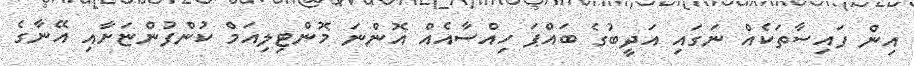
އިން ފައިސާތަކެއް ނަގައި އަދީބުގެ ބައްޕަ ހިއްސާއެއް އޮންނަ މޮންޓިލިއަމް ކުންފުންޏަށާއި އޭނާގެ